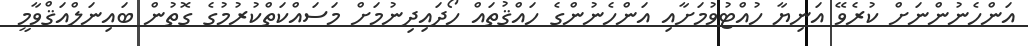
އަންހެނުންނަށް ކުރެވޭ އަނިޔާ ހުއްޓުވުމަށާއި އަންހެނުންގެ ހައްޤުތައް ހޯދައިދިނުމަށް މަސައްކަތްކުރުމުގެ ގޮތުން ބައިނަލްއަޤްވާމީ